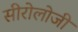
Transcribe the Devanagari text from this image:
सीरोलोजी